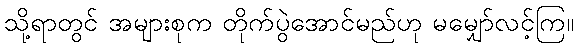
သို့ရာတွင် အများစုက တိုက်ပွဲအောင်မည်ဟု မမျှော်လင့်ကြ။